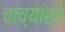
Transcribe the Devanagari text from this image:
चाच्यांशी